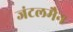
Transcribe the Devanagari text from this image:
जंटलमैन